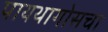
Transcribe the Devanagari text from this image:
पायथागोसचा